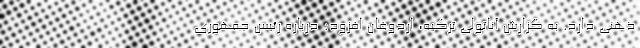
ذهنی دارد. به گزارش آناتولی ترکیه، اردوغان افزود: درباره رئیس‌ جمهوری